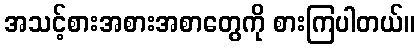
အသင့်စားအစားအစာတွေကို စားကြပါတယ်။